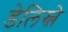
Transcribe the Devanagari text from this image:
डेलिस्ले